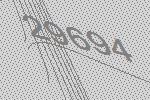
29694